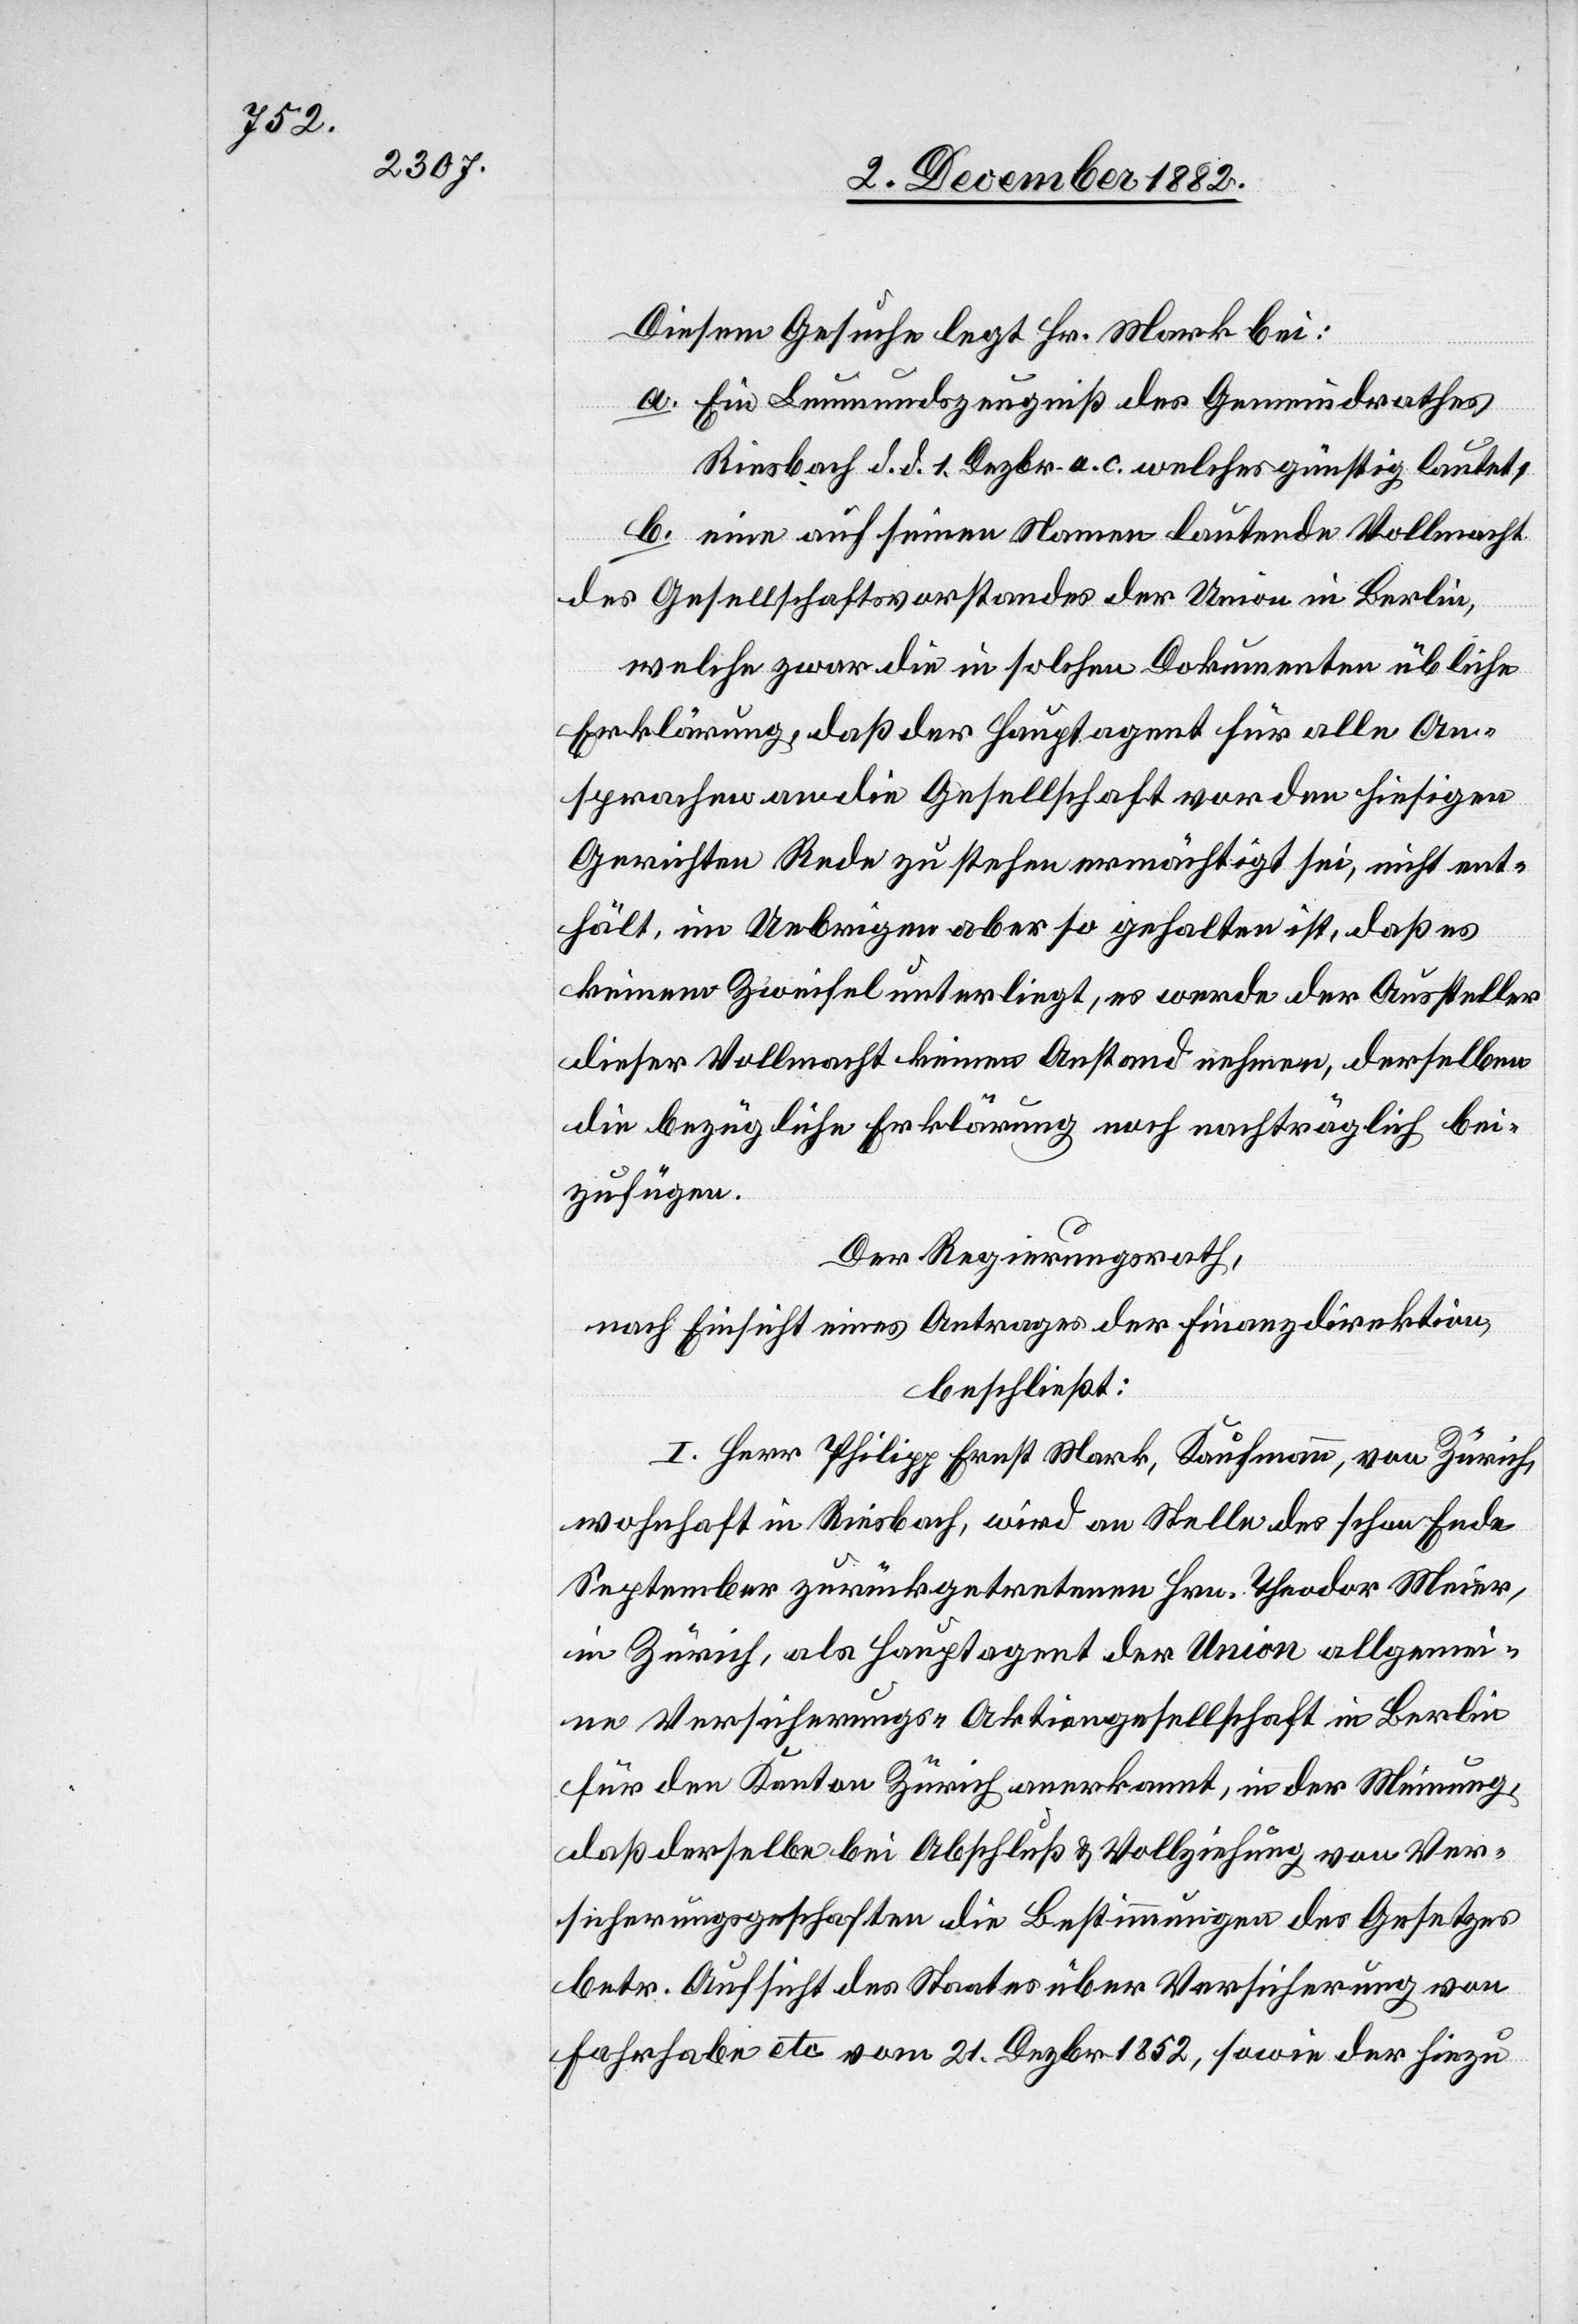
Diesem Gesuche legt Hr. Mark bei:
a. Ein Leumundszeugniß des Gemeindrathes
Riesbach d. d. 1. Dezbr. a. c. welches günstig lautet;
b. eine auf seinen Namen lautende Vollmacht
des Gesellschaftsvorstandes der Union in Berlin,
welche zwar die in solchen Dokumenten übliche
Erklärung, daß der Hauptagent für alle An¬
sprachen an die Gesellschaft vor den hiesigen
Gerichten Rede zu stehen ermächtigt sei, nicht ent¬
hält, im Uebrigen aber so gehalten ist, daß es
keinem Zweifel unterliegt, es werde der Aussteller
dieser Vollmacht keinen Anstand nehmen, derselben
die bezügliche Erklärung noch nachträglich bei¬
zufügen.
Der Regierungsrath,
nach Einsicht eines Antrages der Finanzdirektion,
beschließt:
I. Herr Philipp Ernst Mark, Kaufmann, von Zürich,
wohnhaft in Riesbach, wird an Stelle des schon Ende
September zurückgetretenen Hrn. Theodor Meier,
in Zürich, als Hauptagent der Union allgemei¬
ne Versicherungs-Aktiengesellschaft in Berlin
für den Kanton Zürich anerkannt, in der Meinung,
daß derselbe bei Abschluß & Vollziehung von Ver¬
sicherungsgeschaften [recte: Versicherungsgeschäften]
betr. Aufsicht des Staates über Versicherungen von
Fahrhabe etc. vom 21. Dezbr. 1852, sowie der hiezu